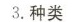
3.种类